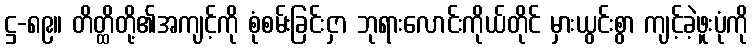
ဋ္ဌ-၈၉။ တိတ္ထိတို့၏အကျင့်ကို စုံစမ်းခြင်းငှာ ဘုရားလောင်းကိုယ်တိုင် မှားယွင်းစွာ ကျင့်ခဲ့ဖူးပုံကို